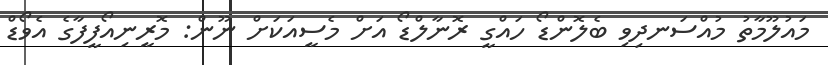
މައުލޫމާތު މުއްސަނދިވި ބެލޮންޑޯ ހައްގީ ރޮނާލްޑޯ އަށް މެސީއަކަށް ނޫން: މޮރީނިއޯފީފާގެ އެވޯޑް